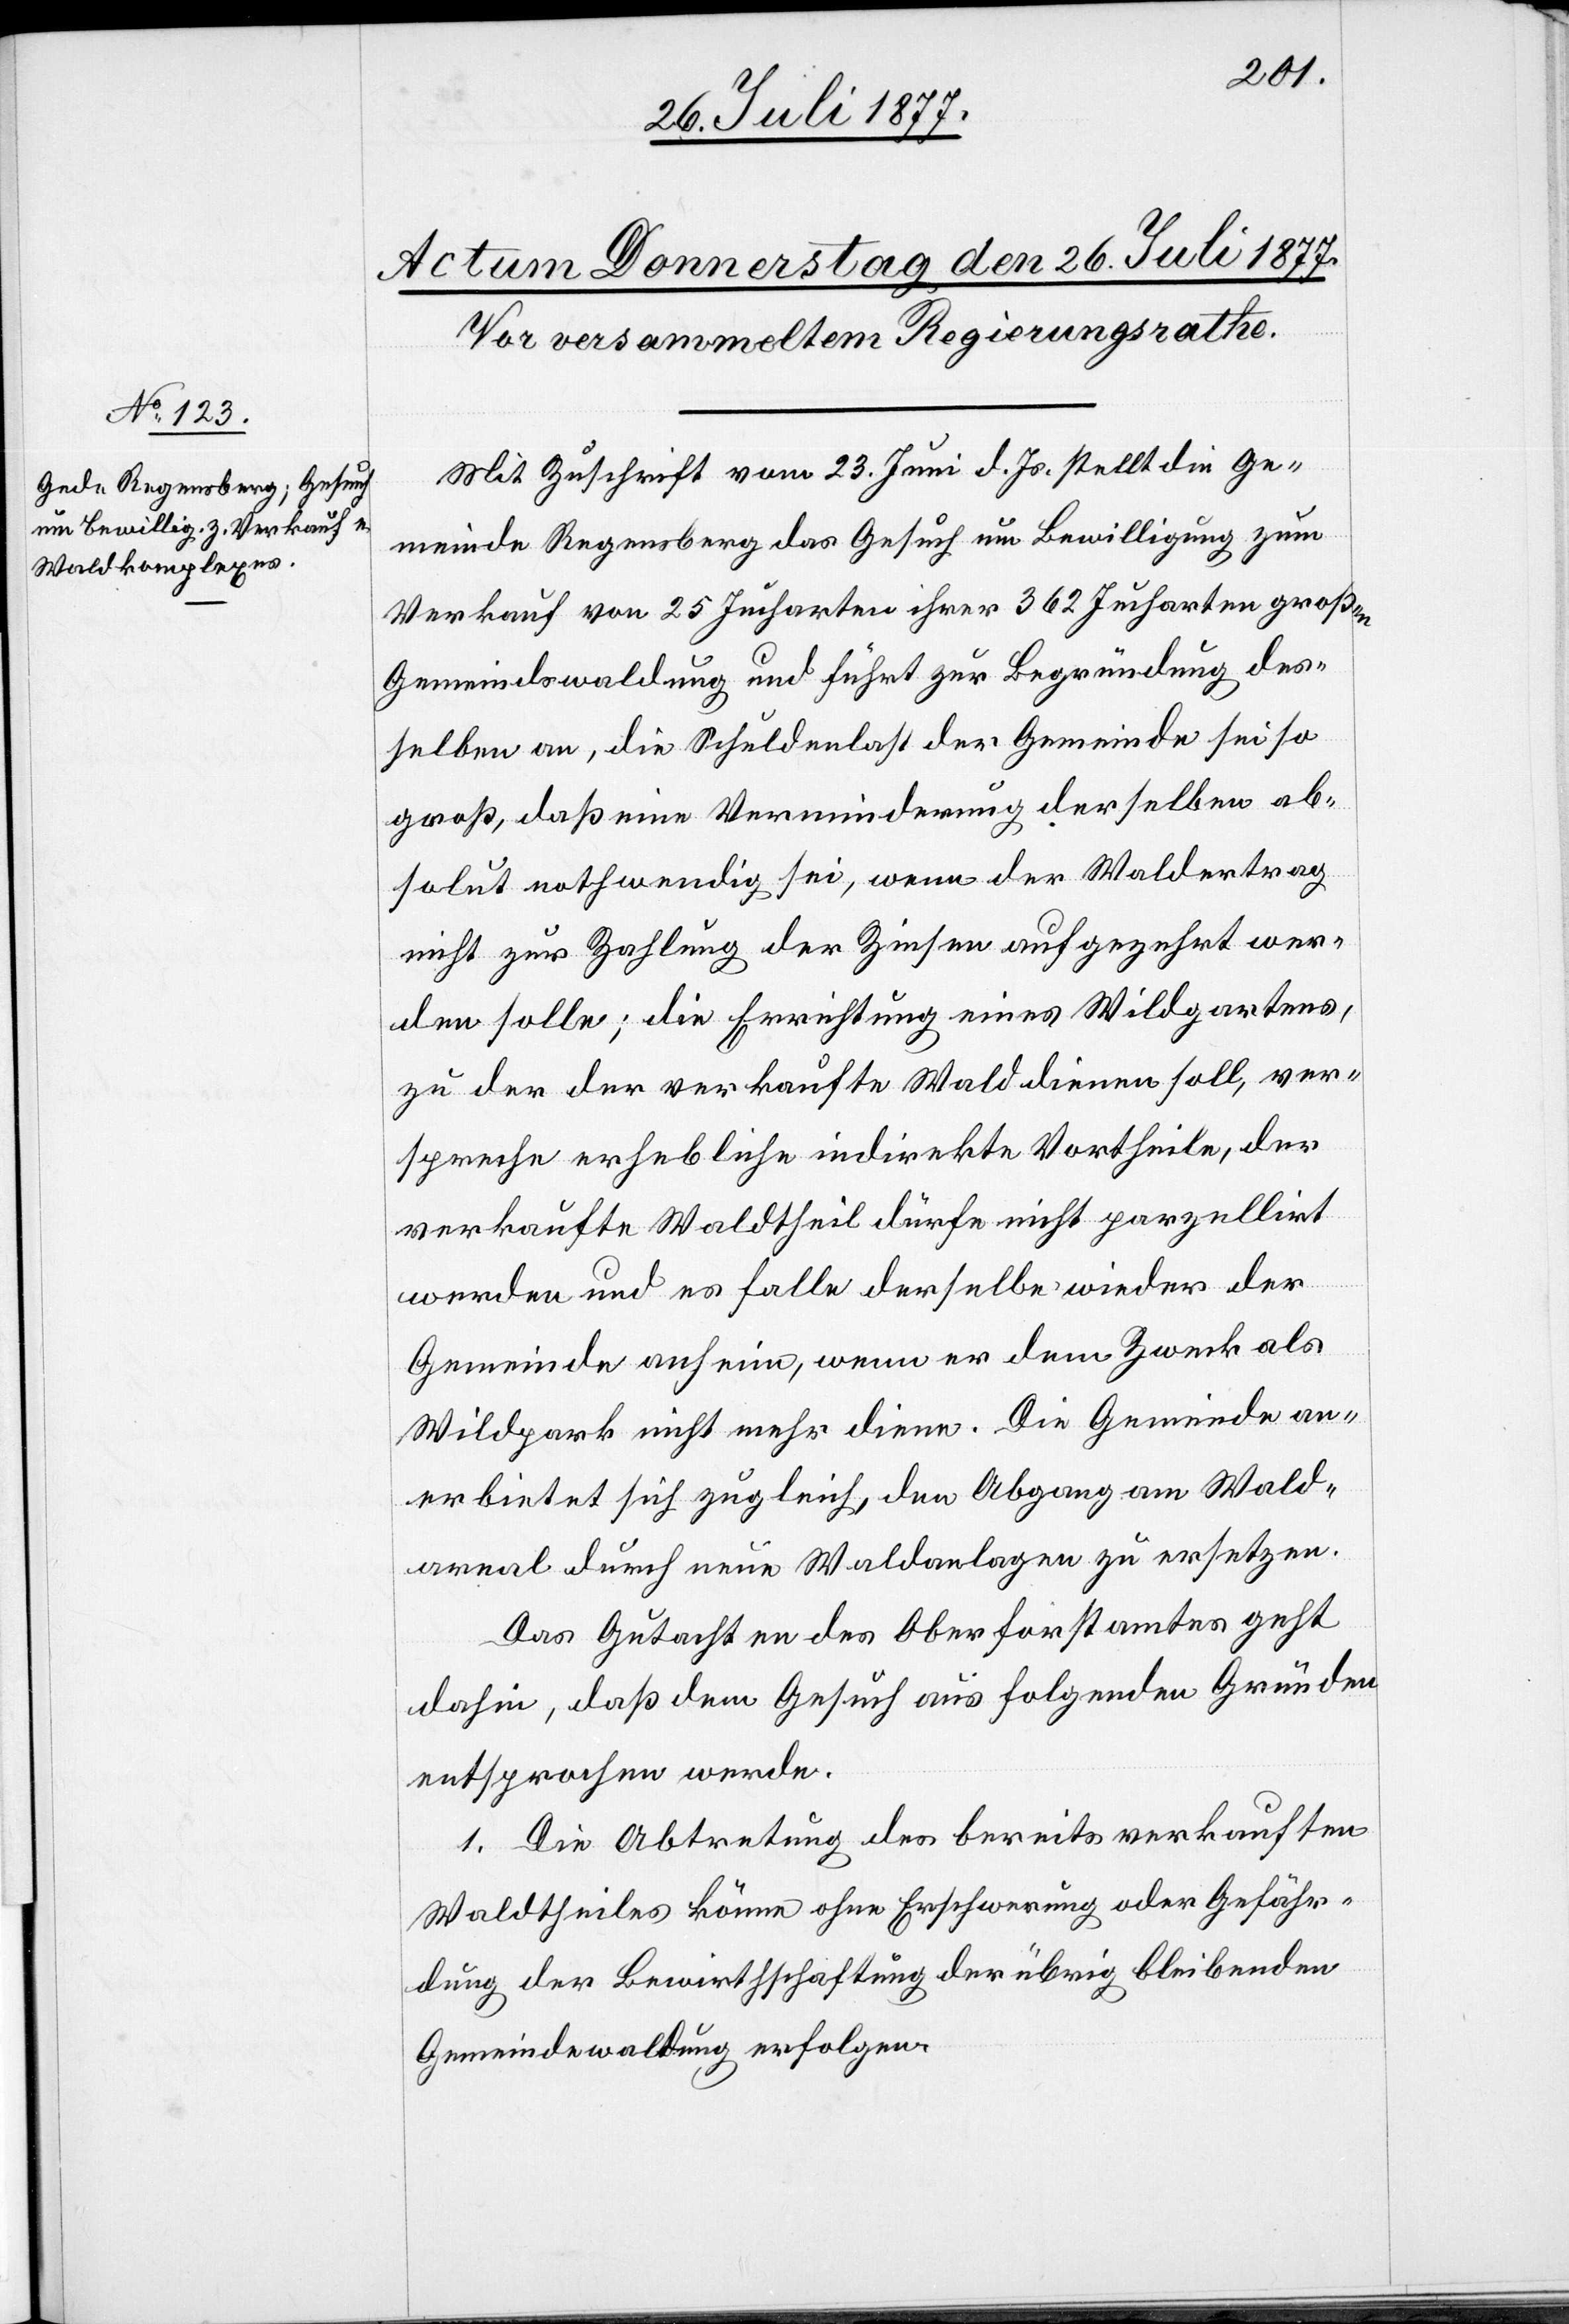
Mit Zuschrift vom 23. Juni d. Js. stellt die Ge¬
meinde Regensberg das Gesuch um Bewilligung zum
Verkauf von 25 Jucharten ihrer 362 Jucharten großen
Gemeindswaldung und führt zur Begründung des¬
selben an, die Schuldenlast der Gemeinde sei so
groß, daß eine Verminderung derselben ab¬
solut nothwendig sei, wenn der Waldertrag
nicht zur Zahlung der Zinsen aufgezehrt wer¬
den solle; die Errichtung eines Wildgartens,
zu der der verkaufte Wald dienen soll, ver¬
spreche erhebliche indirekte Vortheile, der
verkaufte Waldtheil dürfe nicht parzellirt
werden und es falle derselbe wieder der
Gemeinde anheim, wenn er dem Zweck als
Wildpark nicht mehr diene. Die Gemeinde an¬
erbietet sich zugleich, den Abgang am Wald¬
areal durch neue Waldanlagen zu ersetzen.
Das Gutachten des Oberforstamtes geht
dahin, daß dem Gesuch aus folgenden Gründen
entsprochen werde.
1. Die Abtretung des bereits verkauften
Waldtheiles könne ohne Erschwerung oder Gefähr¬
dung der Bewirthschaftung der übrig bleibenden
Gemeindewaldung erfolgen.